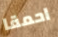
احمقا